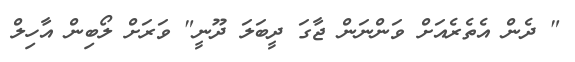
" ދެން އެތެރެއަށް ވަންނަން ޖާގަ ދީބަލަ ދޫނީ" ވަރަށް ލޯބިން އާހިލް